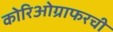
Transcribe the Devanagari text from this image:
कोरिओग्राफरची